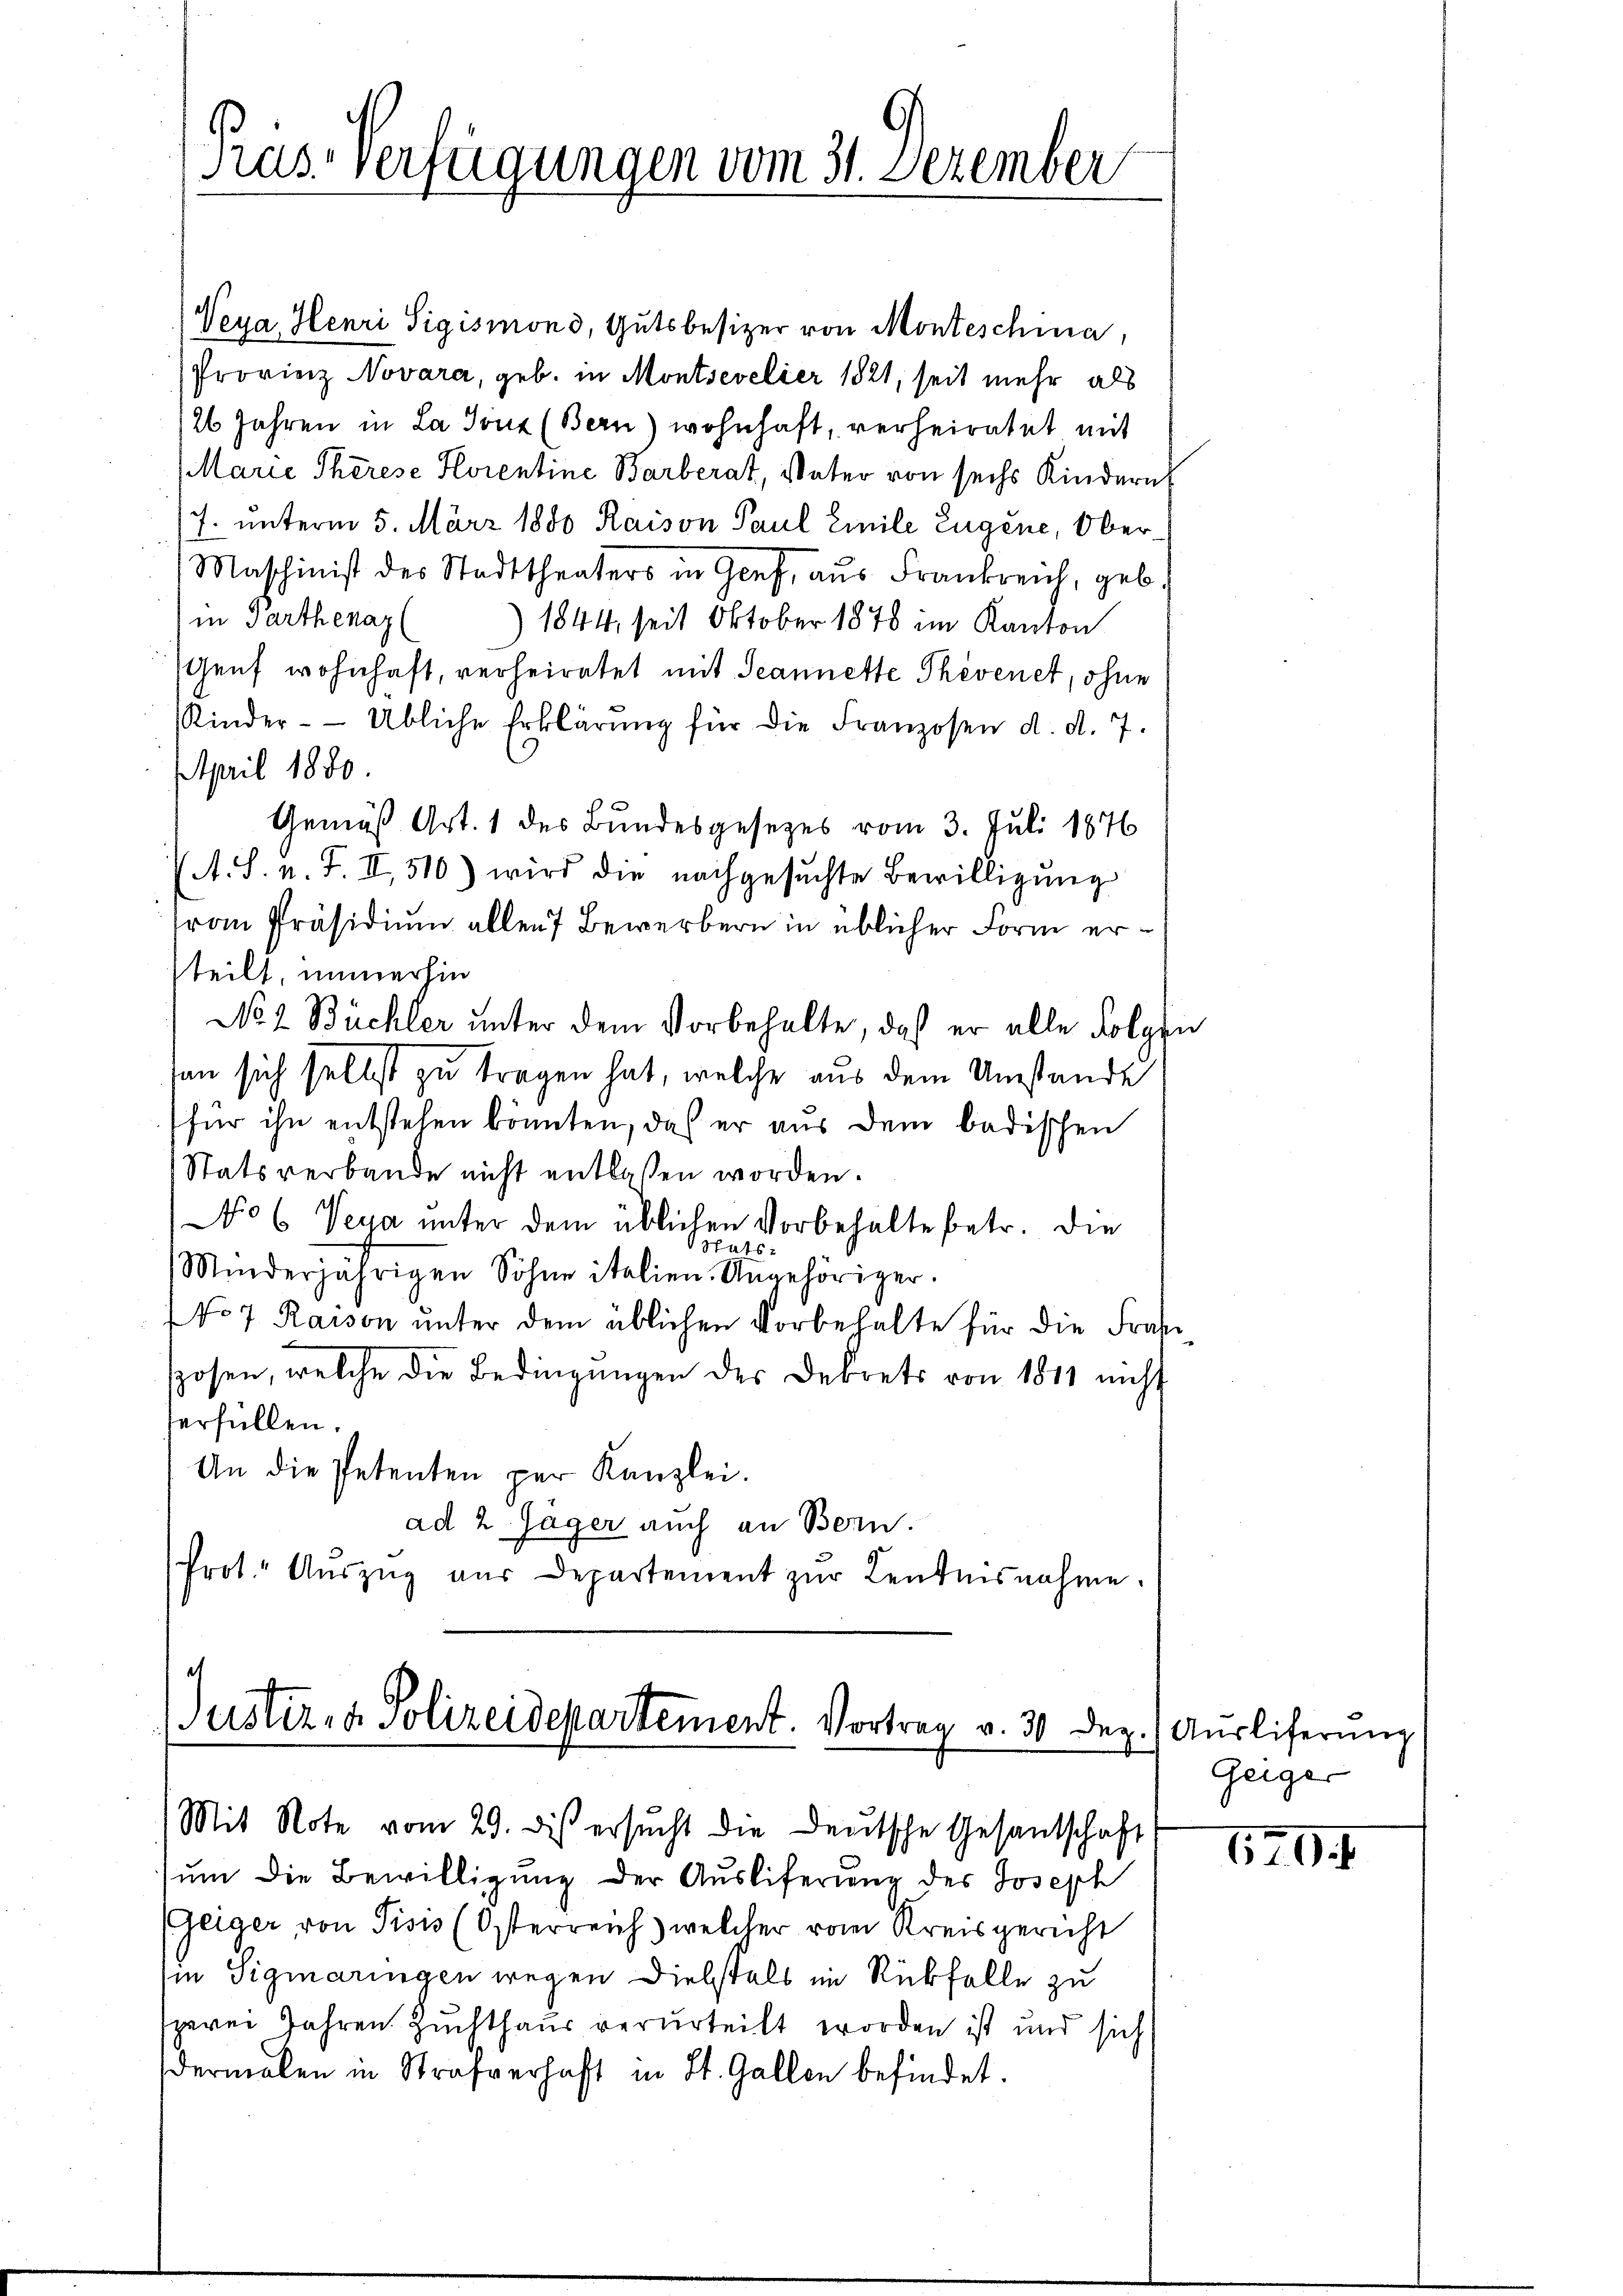
Präs. Verfügungen vom 31. Dezember

Vena, Henri Sigismond, Gutsbesizer von Monteschma,
Provinz Novara, geb. in Montsevelier 1821, seit mehr als
26 Jahren in La sous (Bern) wohnhaft, verheiratet mit
Marie Therese Horentine Barberat, Vater von sechs Kindern
7. unterm 5. März 1880 Raison Paul Emile Eugene, Ober
Maschinist des Stadttheaters in Genf, aŭs Frankreich, geb.
in Parthenaz
1844, seit Oktober 1878 im Kanton
Genf wohnhaft, verheiratet mit Jeannette Phévenet, ohne
Rinder- Übliche Erklärung für die Franzosen d. d. 7.
April 1880.
Gemäß Art. 1 des Bundesgesetzes vom 3. Juli 1876
(A. S. n. F. II, 510) wird die nachgesŭchte Bewilligŭng
Frau Präsidium allen 7 Bewerbern in üblicher Form ersteilt, immerhin
No 2 Büchler unter dem Vorbehalte, daß er alle Folgen
an sich selbst zu tragen hat, welche aus dem Umstande
für ihn entstehen könnten, daß er aus dem badischen
Statsverbande nicht entlassen worden.
No 6 Veya unter dem üblichen Vorbehalte betr. die
hats
Minderjährigen Söhne italien. Angehöriger.
No 7 Raison unter dem üblichen Vorbehalte für die Fraue
sposen, welche die Bedingŭngen des Derrets von 1811 nicht
erfüllen.
An die Petenten per Kanzlei.
ad 2 Jäger auch an Bern.
Prot. Aŭszŭg aŭs Departement zŭr Lentnisnahme.

¬
Justiz- & Polizeidepartement. Vortrag v. 30 Dez.
Mit Note vom 29. dis ersŭcht die Deutsche Gesantschaft

um die Bewilligung der Ausliferung des Joseph
Zeiger von Pisis (Österreich) welcher vom Kreisgericht
in Sigmaringen wegen Dielstals im Rückfalle zu
szerei Jahren Zuchthaus verurteilt worden ist und sich
dermalen in Strafverhaft in St. Gallen befindet.

Auslieferung
Geiger

1729.